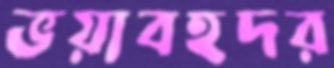
ভয়াবহদর